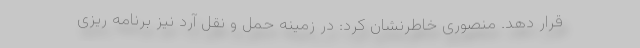
قرار دهد. منصوری خاطرنشان کرد: در زمینه حمل و نقل آرد نیز برنامه ریزی